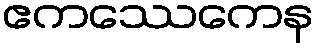
ဧကဿေကေန